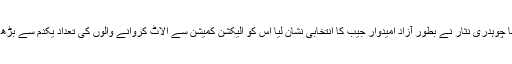
جب سے مسلم لیگ نواز کے منحرف رہنما چوہدری نثار نے بطور آزاد امیدوار جیب کا انتخابی نشان لیا اس کو الیکشن کمیشن سے الاٹ کروانے والوں کی تعداد یکدم سے بڑھ گئی اور یہ نشان میڈیا میں زیر بحث آ گیا۔